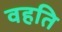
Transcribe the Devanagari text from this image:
वहति